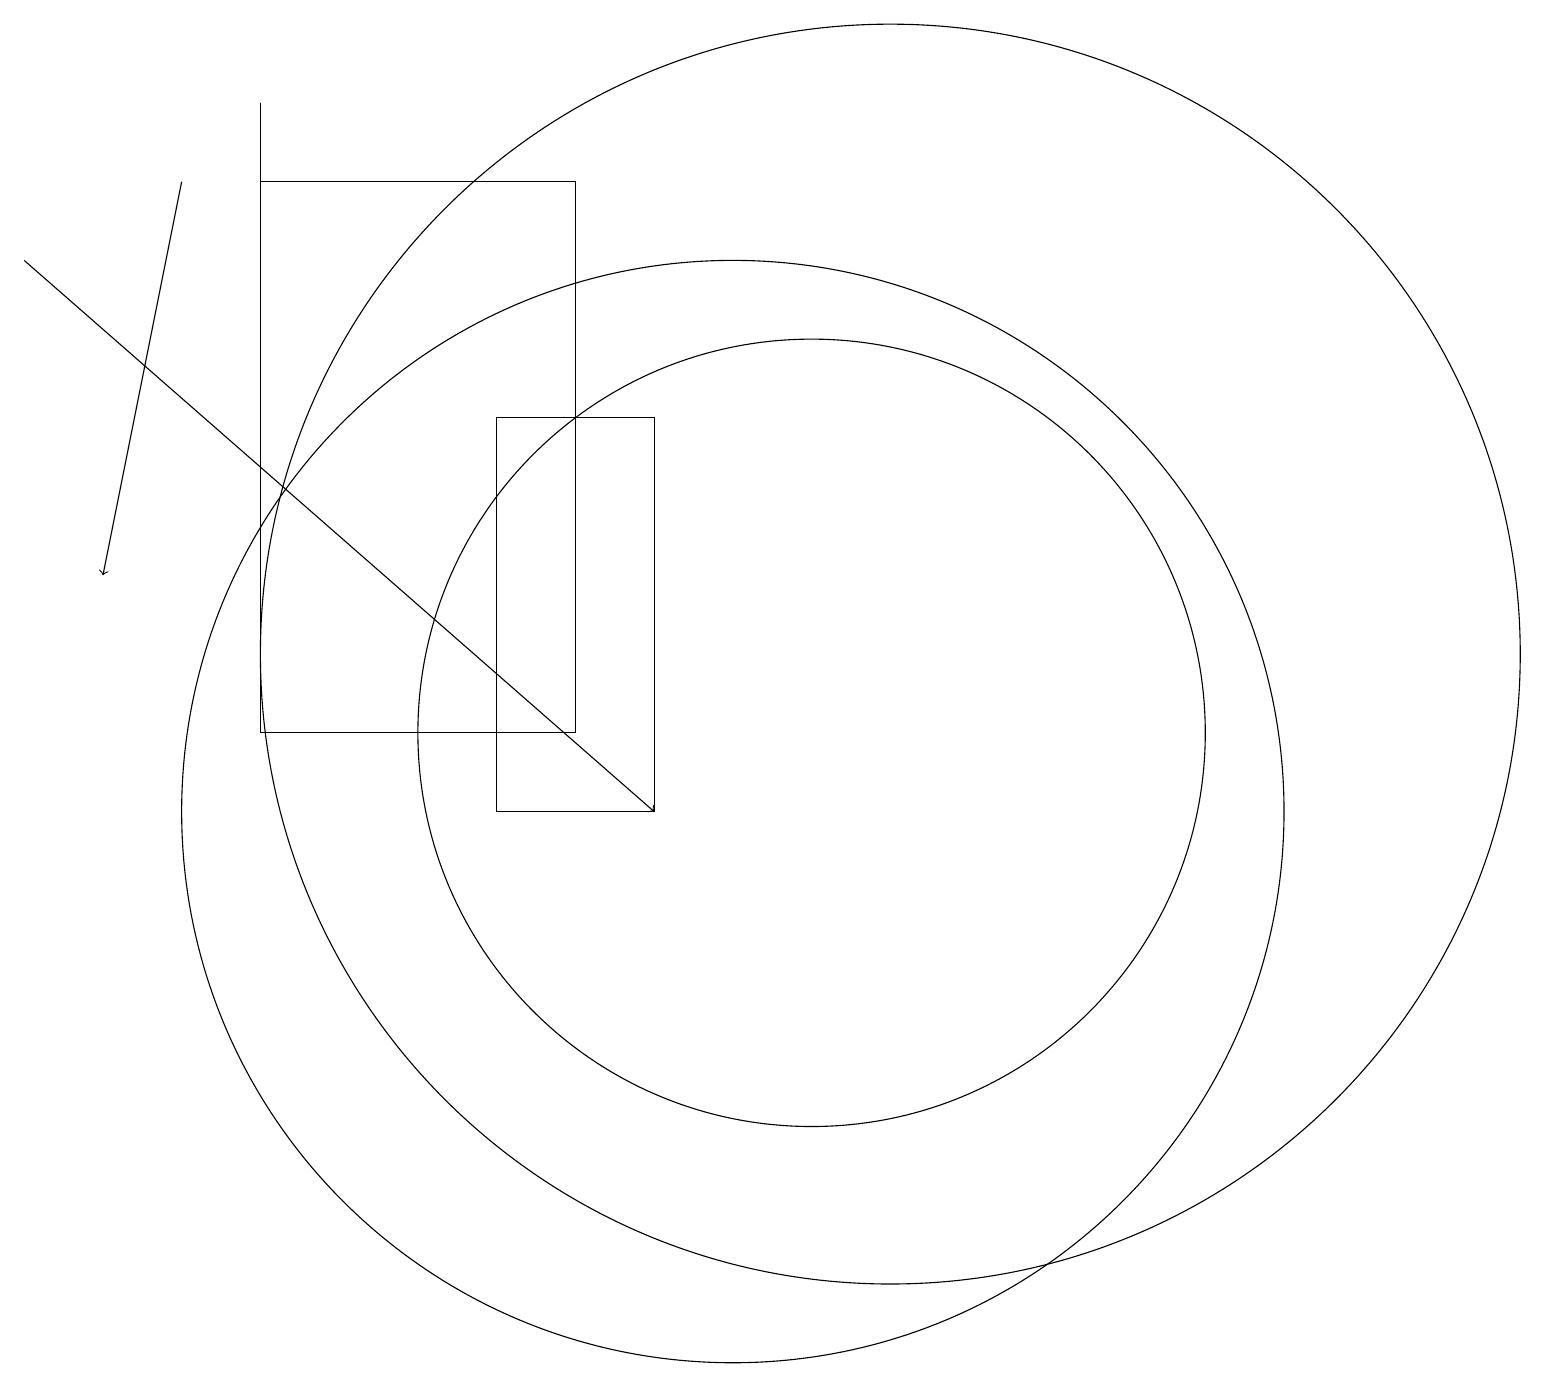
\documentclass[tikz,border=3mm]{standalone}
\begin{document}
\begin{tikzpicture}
\draw (10,10) circle (7);
\draw (4,18) rectangle (8,11);
\draw (4,12) rectangle (4,19);
\draw (11,11) circle (5);
\draw (7,15) rectangle (9,10);
\draw[->] (3,18) -- (2,13);
\draw[->] (1,17) -- (9,10);
\draw (12,12) circle (8);
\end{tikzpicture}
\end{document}